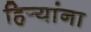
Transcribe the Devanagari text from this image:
हिर्‍यांना